Vaccination in Bombay 1869-1873 - 1869-1873
Year: 1869
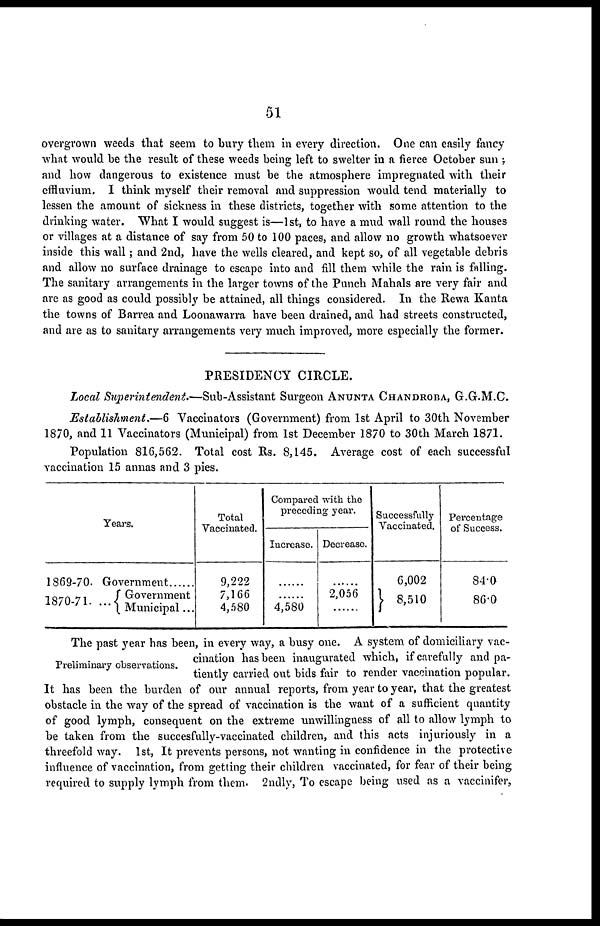
51
overgrown weeds that seem to bury them in every direction. One can easily fancy
what would be the result of these weeds being left to swelter in a fierce October sun ;
and how dangerous to existence must be the atmosphere impregnated with their
effluvium. I think myself their removal and suppression would tend materially to
lessen the amount of sickness in these districts, together with some attention to the
drinking water. What I would suggest is—1st, to have a mud wall round the houses
or villages at a distance of say from 50 to 100 paces, and allow no growth whatsoever
inside this wall; and 2nd, have the wells cleared, and kept so, of all vegetable debris
and allow no surface drainage to escape into and fill them while the rain is falling.
The sanitary arrangements in the larger towns of the Punch Mahals are very fair and
are as good as could possibly be attained, all things considered. In the Rewa Kanta
the towns of Barrea and Loonawarra have been drained, and had streets constructed,
and are as to sanitary arrangements very much improved, more especially the former.
PRESIDENCY CIRCLE.
Local Superintendent.—Sub-Assistant Surgeon ANUNTA CHANDROBA, G.G.M.C.
Establishment.—6 Vaccinators (Government) from 1st April to 30th November
1870, and 11 Vaccinators (Municipal) from 1st December 1870 to 30th March 1871.
Population 816,562. Total cost Rs. 8,145. Average cost of each successful
vaccination 15 annas and 3 pies.
Years.
1869-70.
1870-71. ...
Government......
Government
Municipal...
Total
Vaccinated.
9,222
7,166
4,580
Compared with the
preceding year.
Increase.
......
......
4,580
Decrease.
......
2,056
......
Successfully
Vaccinated.
6,002
8,510
Percentage
of Success.
84.0
86.0
Preliminary observations.
The past year has been, in every way, a busy one. A system of domiciliary vac-
cination has been inaugurated which, if carefully and pa-
tiently carried out bids fair to render vaccination popular.
It has been the burden of our annual reports, from year to year, that the greatest
obstacle in the way of the spread of vaccination is the want of a sufficient quantity
of good lymph, consequent on the extreme unwillingness of all to allow lymph to
be taken from the succesfully-vaccinated children, and this acts injuriously in a
threefold way. 1st, It prevents persons, not wanting in confidence in the protective
influence of vaccination, from getting their children vaccinated, for fear of their being
required to supply lymph from them. 2ndly, To escape being used as a vaccinifer,